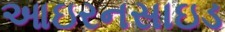
આઇરનસાઇડ